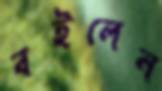
বইলেন